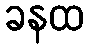
ခနထ